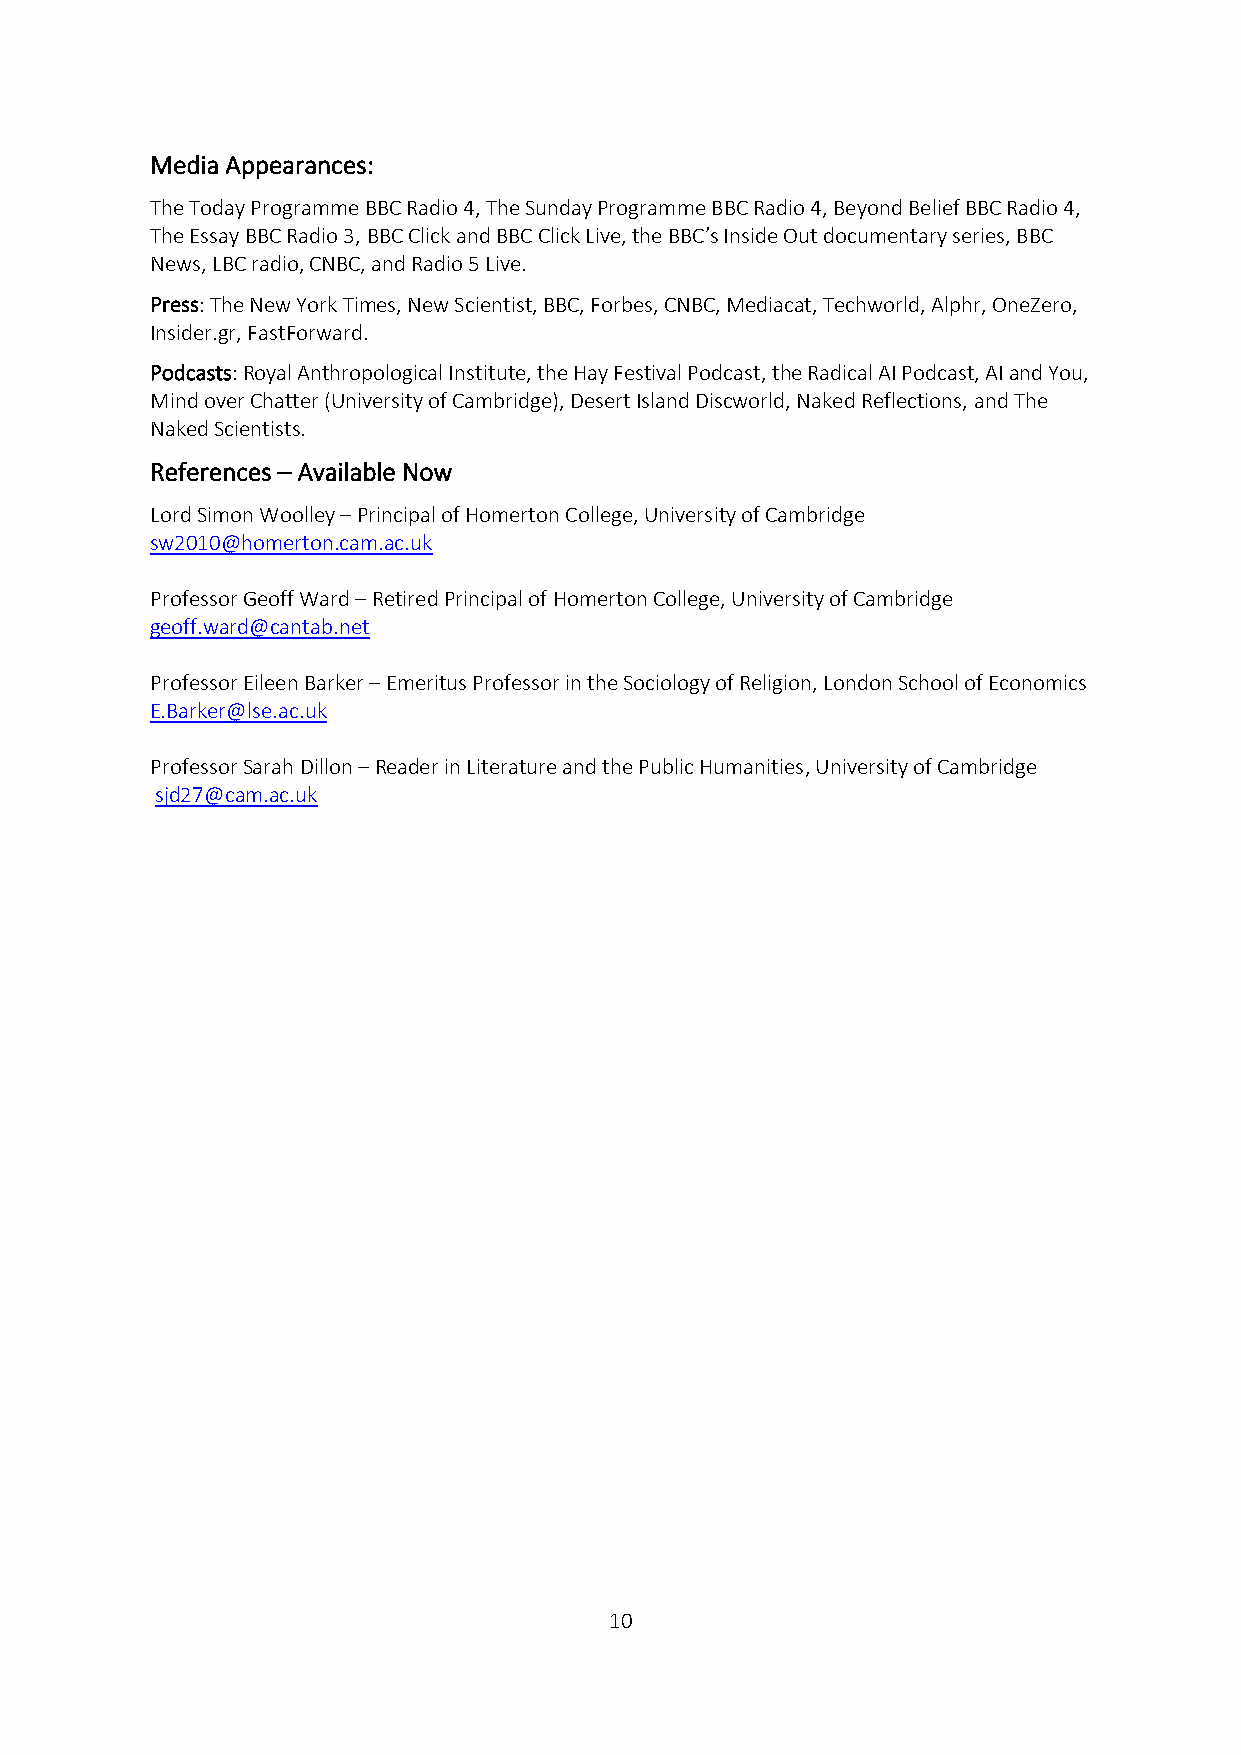
Media Appearances:
 The Today Programme BBC Radio 4, The Sunday Programme BBC Radio 4, Beyond Belief BBC Radio 4,
 The Essay BBC Radio 3, BBC Click and BBC Click Live, the BBC’s Inside Out documentary series, BBC
 News, LBC radio, CNBC, and Radio 5 Live.
 Press: The New York Times, New Scientist, BBC, Forbes, CNBC, Mediacat, Techworld, Alphr, OneZero,
 Insider.gr, FastForward.
 Podcasts: Royal Anthropological Institute, the Hay Festival Podcast, the Radical AI Podcast, AI and You,
 Mind over Chatter (University of Cambridge), Desert Island Discworld, Naked Reflections, and The
 Naked Scientists.
 References – Available Now
 Lord Simon Woolley – Principal of Homerton College, University of Cambridge
 sw2010@homerton.cam.ac.uk
 Professor Geoff Ward – Retired Principal of Homerton College, University of Cambridge
 geoff.ward@cantab.net
 Professor Eileen Barker – Emeritus Professor in the Sociology of Religion, London School of Economics
 E.Barker@lse.ac.uk
 Professor Sarah Dillon – Reader in Literature and the Public Humanities, University of Cambridge
 sjd27@cam.ac.uk
 10